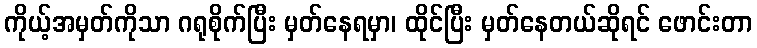
ကိုယ့်အမှတ်ကိုသာ ဂရုစိုက်ပြီး မှတ်နေရမှာ၊ ထိုင်ပြီး မှတ်နေတယ်ဆိုရင် ဖောင်းတာ